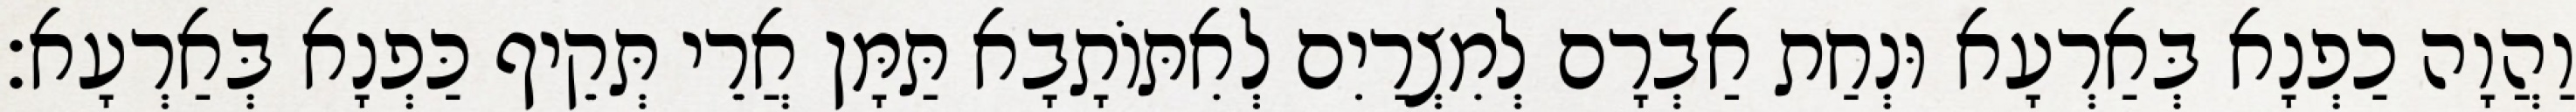
וַהֲוָה כַפְנָא בְּאַרְעָא וּנְחַת אַבְרָם לְמִצְרַיִם לְאִתּוֹתָבָא תַּמָּן אֲרֵי תְּקֵיף כַּפְנָא בְּאַרְעָא׃